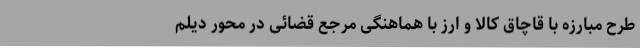
طرح مبارزه با قاچاق کالا و ارز با هماهنگی مرجع قضائی در محور دیلم